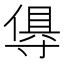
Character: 𭔺